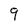
Character: 9